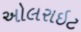
અોલરાઇટ